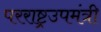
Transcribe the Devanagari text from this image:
परराष्ट्रउपमंत्री